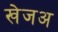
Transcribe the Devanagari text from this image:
खेजअ